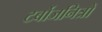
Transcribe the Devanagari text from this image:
टर्बोजनित्रों